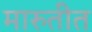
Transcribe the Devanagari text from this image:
मारुतीत